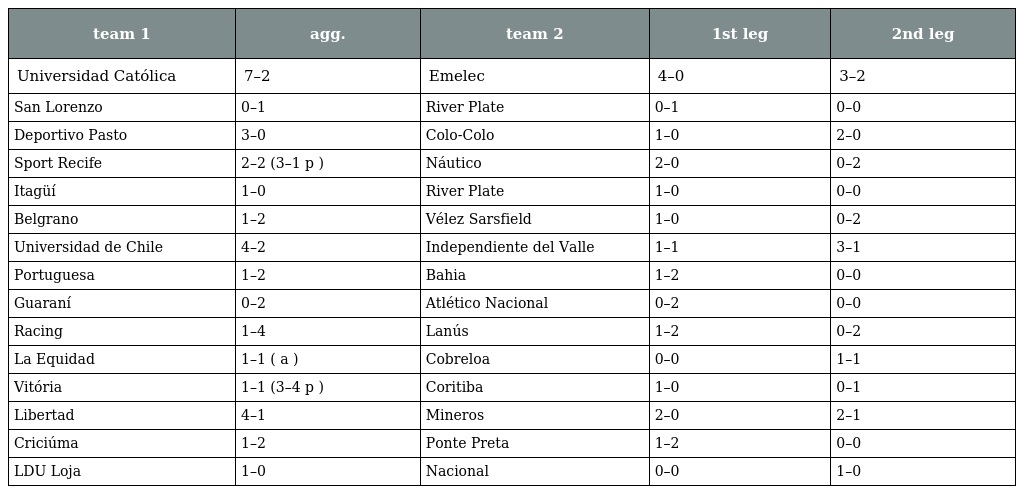
| team 1 | agg. | team 2 | 1st leg | 2nd leg |
 | --- | --- | --- | --- | --- |
 | Universidad Católica | 7–2 | Emelec | 4–0 | 3–2 |
 | San Lorenzo | 0–1 | River Plate | 0–1 | 0–0 |
 | Deportivo Pasto | 3–0 | Colo-Colo | 1–0 | 2–0 |
 | Sport Recife | 2–2 (3–1 p ) | Náutico | 2–0 | 0–2 |
 | Itagüí | 1–0 | River Plate | 1–0 | 0–0 |
 | Belgrano | 1–2 | Vélez Sarsfield | 1–0 | 0–2 |
 | Universidad de Chile | 4–2 | Independiente del Valle | 1–1 | 3–1 |
 | Portuguesa | 1–2 | Bahia | 1–2 | 0–0 |
 | Guaraní | 0–2 | Atlético Nacional | 0–2 | 0–0 |
 | Racing | 1–4 | Lanús | 1–2 | 0–2 |
 | La Equidad | 1–1 ( a ) | Cobreloa | 0–0 | 1–1 |
 | Vitória | 1–1 (3–4 p ) | Coritiba | 1–0 | 0–1 |
 | Libertad | 4–1 | Mineros | 2–0 | 2–1 |
 | Criciúma | 1–2 | Ponte Preta | 1–2 | 0–0 |
 | LDU Loja | 1–0 | Nacional | 0–0 | 1–0 |